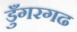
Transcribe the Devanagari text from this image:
डुँगरगढ